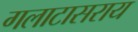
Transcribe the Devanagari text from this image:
गलाटासराय